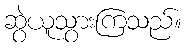
ဆွဲယူသွားကြသည်။